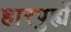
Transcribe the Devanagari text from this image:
हारपुर्ह्ये